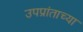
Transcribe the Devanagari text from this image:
उपप्रांताच्या